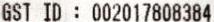
GST ID : 002017808384